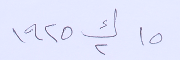
١٥ ك٢ ١٩٢٥